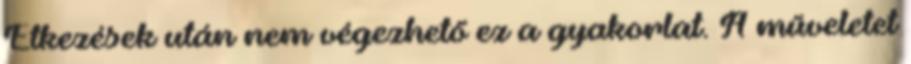
Étkezések után nem végezhető ez a gyakorlat. A műveletet